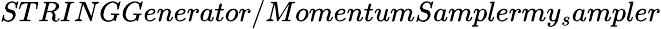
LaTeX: STRINGGenerator/MomentumSamplermy_{s}ampler